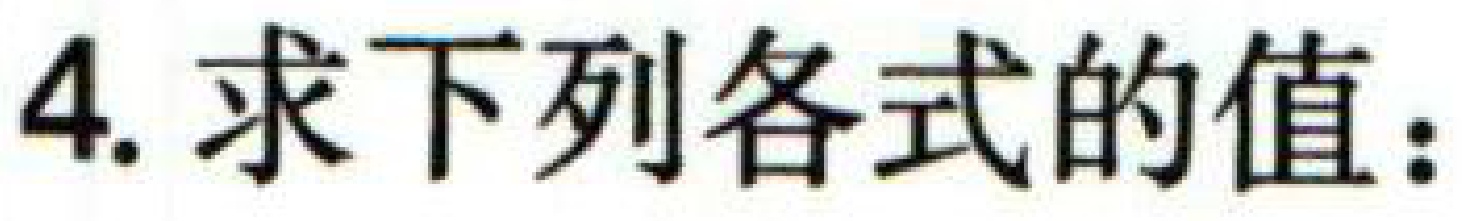
4. 求下列各式的值：